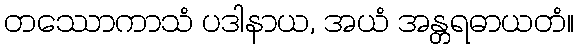
တဿောကာသံ ပဒါနာယ, အယံ အန္တရဓာယတံ။